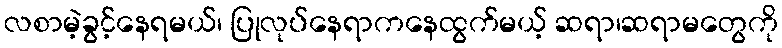
လစာမဲ့ခွင့်နေရမယ်၊ ပြုလုပ်နေရာကနေထွက်မယ့် ဆရာ၊ဆရာမတွေကို